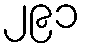
၂၉၁